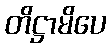
တိဋ္ဌာမိပေ